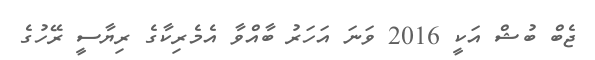
ޖެބް ބުޝް އަކީ 2016 ވަނަ އަހަރު ބާއްވާ އެމެރިކާގެ ރިޔާސީ ރޭހުގެ